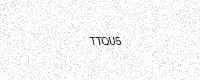
Text: TTQU5